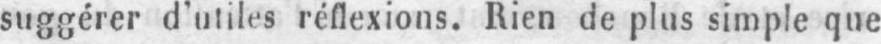
suggérer d’utiles réflexions. Rien de plus simple que